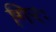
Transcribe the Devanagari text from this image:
गिरः